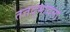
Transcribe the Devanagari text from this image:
तत्तद्भावना